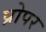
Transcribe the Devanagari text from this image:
प्रोपर